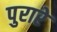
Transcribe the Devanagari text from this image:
पुरारे